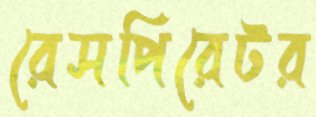
রেসপিরেটর